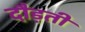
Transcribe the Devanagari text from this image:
दौड़तीं